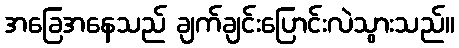
အခြေအနေသည် ချက်ချင်းပြောင်းလဲသွားသည်။